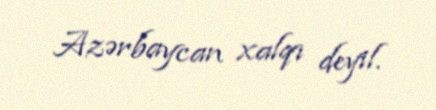
Azərbaycan xalqı deyil.